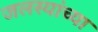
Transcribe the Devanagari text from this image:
जलस्यांच्या